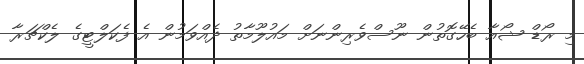
މި ރޯޑް ޝޯއާ ބެހޭގޮތުން ނޫސްވެރިންނަށް މައުލޫމާތު ދެއްވަމުން އެ ފެކަލްޓީގެ ލެކްޗަރާ